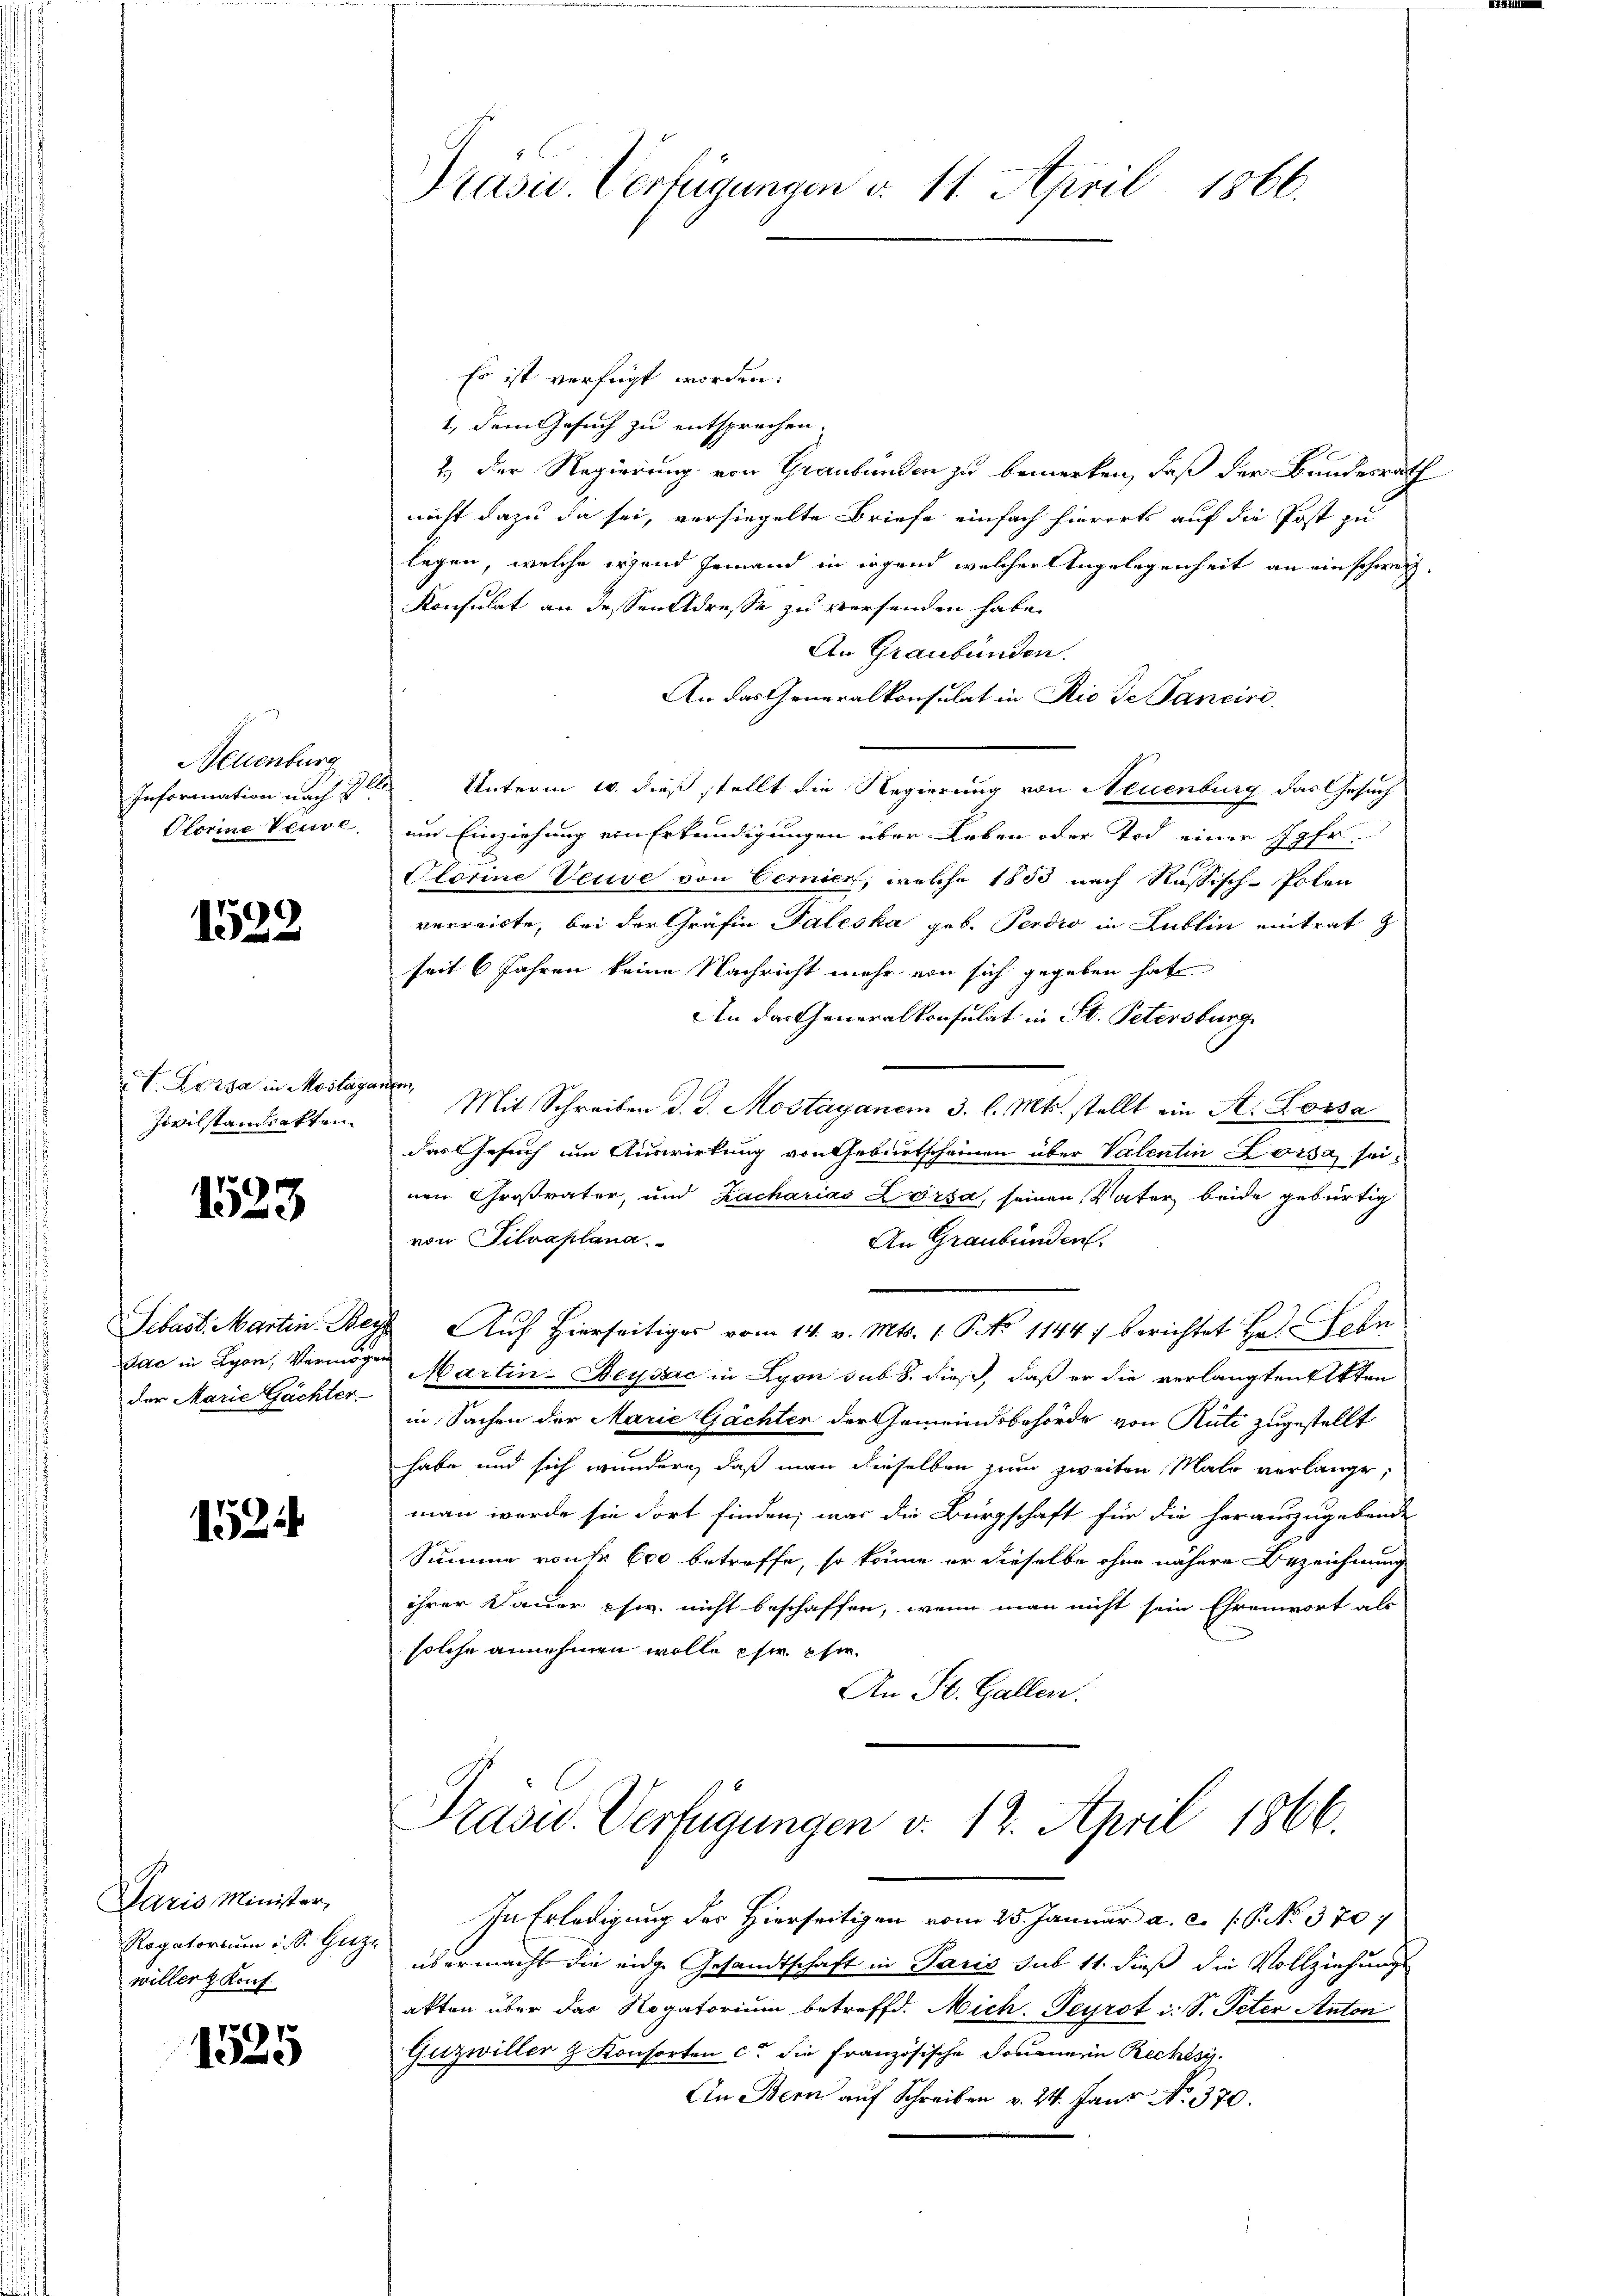
Neuenburg
Information nach d

1522

I. Kassa in Mostaganen
Zivilstanderkten.

1523

der Marie Gächter

1524

Es ist verfügt worden.
1., dem Gesuch zu entsprechen.
2.) Der Regierung von Graubünden zu bemerken, daß der Bundesrath
nicht dazu da sei, versiegelte Briefe einfach hierorts auf die Post zu
legen, welche irend jemand in irgend welcher Angelegenheit an einschweiz.
Konsulat an dessen Adresse zu versenden habe.
An Graubünden.
An das Generalkonsulat in Rio de Pancire
2
Unterm 10. dieß stellt die Regierung von Neuenburg das Gesuch
Olorine Veuve, um Einziehung von Erkundigungen über Leben oder Tod einer Jahr
Olorine Veuve von Cernier, welche 1833 nach Russisch-Polen
verreiste, bei der Gräfin Paleska geb. Perio in Lublin eintrat z
seit 6 Jahren keine Nachricht mehr von sich gegeben hat
An das Generalkonsulat in St. Petersburg
Mit Schreiben d. J. Mostagenem 3. l. Mts. stellt ein St. Lossa
das Gesuch um Auswirkung von Geburtscheinen über Valentin Lorsa seinen Großvater, und Zacharias Lörsa, seinen Vater beide gebürtig
von Silvaplana.
An Graubünden,
Sebast. Martin. Bey Auf hierseitig vom 14. v. Mts. 1. No 11447 berichtet Hr. Sehn
Dac in Lyon, Vermögen Martin-Deysac in Lyon sub 8. dieß, daß er die verlangten Akten
in Sachen der Marie Gachten der Gemeindsbehörde von Rüti zugestellt
habe und sich wundern, daß man dieselben zum zweiten Malo verlange,
man werde sie dort finden; was die Bürgschaft für die herauszugebende
Summe von 600 betreffe, so könne er dieselbe ohne nähere Bezeichnung
ihrer Dauer chw. nicht beschaffen, wenn man nicht sein Ehrenwort als
solche annehmen wolle eher Ehe¬
An St. Gallen.
Präsid.. Verfügungen v. 12. April 1866.
In Erledigung der Hierseitigen vom 25. Januar a. c. P. No. 370
Rogatorium ins Ges. übermacht die eidge Gesandtschaft in Paris sub 11. dieß die Vollziehungs
akten über das Rogatorium betreffd. Nich. Peyrot i. S. Peter Anton
Guzwiller & Konsorten ce die französische Donaue in Rechtsi
An Bern auf Schreiben v. 24. Jant No. 370.

Daris Minister,
willer Konf

1525

Präsid. Verfügungen v. 11. April 1866.